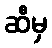
ဆီမှ